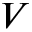
V